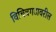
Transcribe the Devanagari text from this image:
विचित्रगडावरील